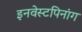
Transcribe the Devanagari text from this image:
इनवेस्टपिनांग